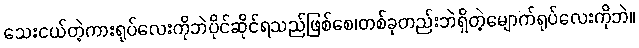
သေးငယ်တဲ့ကားရုပ်လေးကိုဘဲပိုင်ဆိုင်ရသည်ဖြစ်စေ၊တစ်ခုတည်းဘဲရှိတဲ့မျောက်ရုပ်လေးကိုဘဲ။